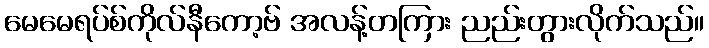
မေမေရပ်စ်ကိုလ်နီကော့ဗ် အလန့်တကြား ညည်းတွားလိုက်သည်။